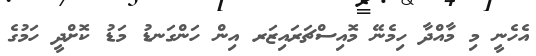
އެހެނީ މި މާއްދާ ހިމެނޭ މޮއިސްޗަރައިޒަރ އިން ހަންގަނޑު މަޑު ކޮށްދީ ހަމުގެ